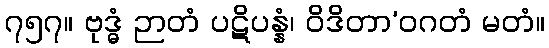
၇၅၇။ ဗုဒ္ဓံ ဉာတံ ပဋိပန္နံ၊ ဝိဒိတာ’ဝဂတံ မတံ။